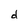
Character: d